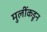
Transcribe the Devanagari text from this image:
मुलींकडून